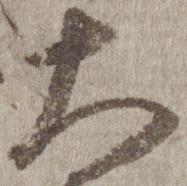
大